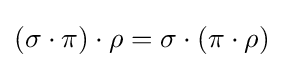
(\sigma \cdot \pi )\cdot \rho =\sigma \cdot (\pi \cdot \rho )